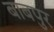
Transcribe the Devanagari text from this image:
बाबपुर